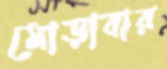
মোড়াবার